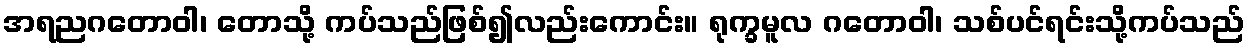
အရညဂတောဝါ၊ တောသို့ ကပ်သည်ဖြစ်၍လည်းကောင်း။ ရုက္ခမူလ ဂတောဝါ၊ သစ်ပင်ရင်းသို့ကပ်သည်